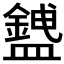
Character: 𥃅